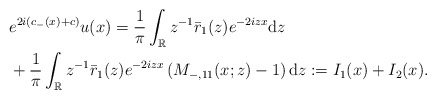
\begin{align*}&e^{2i(c_-(x)+c)} u(x) =\frac{1}{\pi} \int_{\mathbb{R}} z^{-1} \bar{r}_1(z) e^{-2izx} \mathrm{d}z \\&+\frac{1}{\pi} \int_{\mathbb{R}}z^{-1} \bar{r}_1(z) e^{-2izx}\left(M_{-,11}(x;z)-1\right) \mathrm{d}z :=I_1(x)+I_2(x).\end{align*}